Cholera in southern India
Disease focus: Cholera
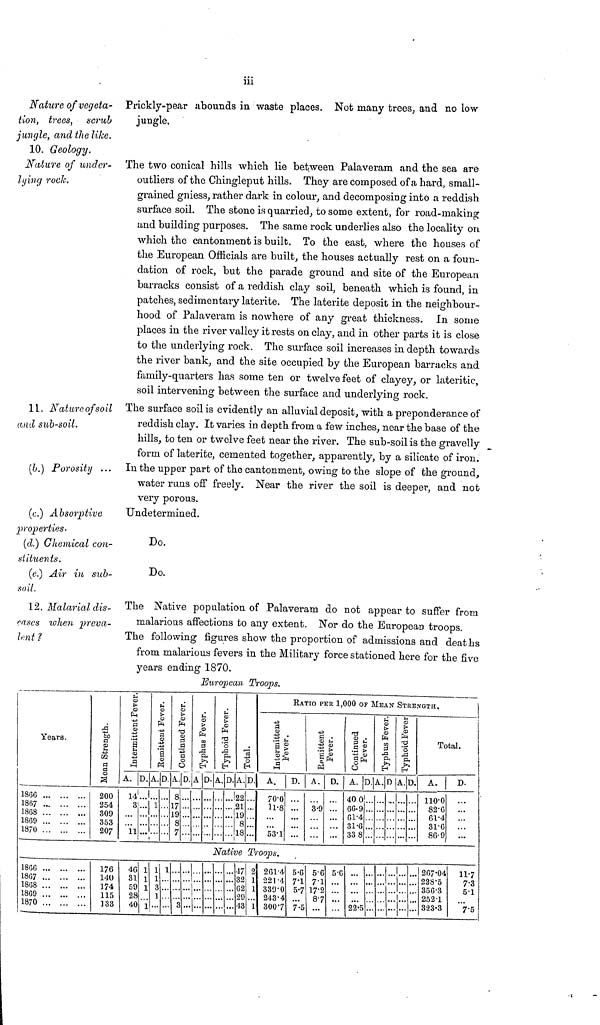
iii
Nature of vegeta-
tion, trees, scrub
junqle, and the like.
Prickly-pear abounds in waste places. Not many trees, and no low
jungle.
10. Geology.
Nature of under-
lying rock.
The two conical hills which lie between Palaverarn and the sea are
outliers of the Chingleput hills. They are composed of a hard, small-
grained gniess, rather dark in colour, and decomposing into a reddish
surface soil. The stone is quarried, to some extent, for road-making
and building purposes. The same rock underlies also the locality on
which the cantonment is built. To the east, where the houses of
the European Officials are built, the houses actually rest on a foun-
dation of rock, but the parade ground and site of the European
barracks consist of a reddish clay soil, beneath which is found, in
patches, sedimentary laterite. The laterite deposit in the neighbour-
hood of Palaveram is nowhere of any great thickness. In some
places in the river valley it rests on clay, and in other parts it is close
to the underlying rock. The surface soil increases in depth towards
the river bank, and the site occupied by the European barracks and
family-quarters has some ten or twelve feet of clayey, or lateritic,
soil intervening between the surface and underlying rock.
11. Nature of soil
and sub-soil.
The surface soil is evidently an alluvial deposit, with a preponderance of
reddish clay. It varies in depth from a few inches, near the base of the
hills, to ten or twelve feet near the river. The sub-soil is the gravelly
form of laterite, cemented together, apparently, by a silicate of iron.
(b.) Porosity
In the upper part of the cantonment, owing to the slope of the ground,
water runs off freely. Near the river the soil is deeper, and not
very porous.
(c.) Absorptive
properties.
(d.) Chemical con-
stituents.
(e.) Air in sub-
soil.
Undetermined.
Do.
Do.
12. Malarial dis-
eases when preva-
lent ?
The Native population of Palaveram do not appear to suffer from
malarious affections to any extent. Nor do the European troops.
The following figures show the proportion of admissions and deaths
from malarious fevers in the Military force stationed here for the five
years ending 1870.
'European, Troops.
Years.
1866
1867
1868
1869
1870
...
...
...
...
...
...
...
...
...
...
...
...
...
...
...
Mean Strength
200
254
309
353
207
Intermittant Fever.
A.
14
3
...
...
11
D.
...
... ...
...
...
Remittant Fever.
A.
...
1
...
...
...
D.
...
...
...
...
...
Continued Fever.
A.
8
17
19
8
7
D.
...
...
...
...
...
Typhus Fever.
A
...
...
...
...
...
D.
...
...
...
...
...
Typhoid Fever.
A.
...
...
...
...
...
D.
...
...
...
...
...
Total
A.
22
21
19
8
18
D.
...
...
...
...
...
RATIO PER 1,000 OF MEAN STRENGTH.
Intermittant Fever.
A.
70.0
11.8
...
...
53.1
D.
...
...
...
...
...
Remittant Fever.
A.
...
3-9
...
...
...
D.
...
...
...
...
...
Continued Fever.
A.
40 0
66.9
61.4
31.6
33 8
D.
...
...
...
...
...
Typhus Fever.
A.
...
...
...
...
...
Native Troops.
1866
1867
1868
1869
1870
...
...
...
...
...
...
...
...
...
...
...
...
...
...
...
176
140
174
115
133
46
31
59
28
40
1
1
1
...
1
1
1
3
1
...
l
...
...
...
...
...
...
...
...
3
...
...
...
...
...
...
...
...
...
...
...
...
...
...
...
...
...
...
...
...
...
...
...
...
...
47
32
62
29
43
2
1
1
...
1
261.4
221.4
339.0
243.4
300.7
5.6
7.1
5.7
...
7.5
5.6
7.1
17.2
8.7
...
5.6
...
...
...
...
...
...
...
...
22.5
...
...
...
...
...
...
...
...
...
...
D.
...
...
...
...
...
Typhoid Fever.
A.
...
...
...
...
...
...
...
...
...
...
...
...
...
...
...
D.
...
...
...
...
...
Total.
A.
110.0
82.6
61.4
31.6
86.9
D.
...
...
...
...
...
...
...
...
...
...
267.04
228.5
350.3
252.1
323.3
11.7
7.3
5.1
...
7.5